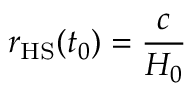
r _ { \mathrm { H S } } ( t _ { 0 } ) = { \frac { c } { H _ { 0 } } }